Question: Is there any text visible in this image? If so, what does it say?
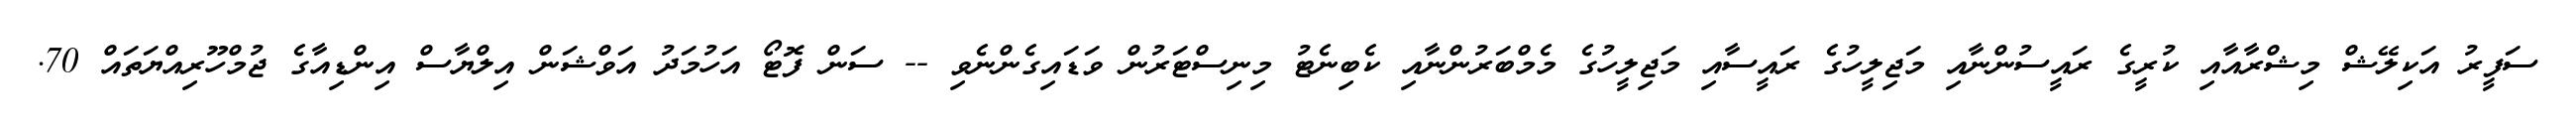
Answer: ސަފީރު އަކިލޭޝް މިޝްރާއާއި ކުރީގެ ރައީސުންނާއި މަޖިލީހުގެ ރައީސާއި މަޖިލީހުގެ މެމްބަރުންނާއި ކެބިނެޓު މިނިސްޓަރުން ވަޑައިގެންނެވި -- ސަން ފޮޓޯ އަހުމަދު އަވްޝަން އިލްޔާސް އިންޑިއާގެ ޖުމްހޫރިއްޔަތައް 70.